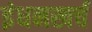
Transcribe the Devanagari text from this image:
इंधनखर्च